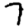
Digit: 7